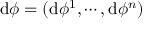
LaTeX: \mathrm { d } \phi = ( \mathrm { d } \phi ^ { 1 } , \cdots , \mathrm { d } \phi ^ { n } )